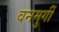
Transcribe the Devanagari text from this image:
वनमुर्गी